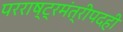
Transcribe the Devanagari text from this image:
परराष्ट्रमंत्रीपदही